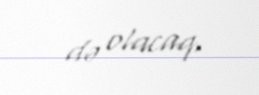
də olacaq.